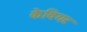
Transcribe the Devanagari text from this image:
केवियट